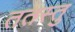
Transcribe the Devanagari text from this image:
ततस्तु